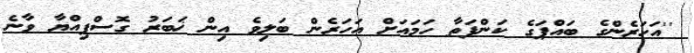
''އަހަރެންގެ ބައްޕަގެ ކަންފަތާ ހަމައަށް އަހަރެން ބަލިވެ އިން ޚަބަރު ގޮސްފިއްޔާ ވާނެ